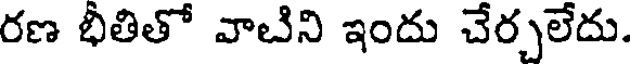
రణ భీతితో వాబిని ఇందు చేర్చలేదు.